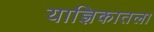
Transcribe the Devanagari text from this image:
याज्ञिकातला